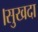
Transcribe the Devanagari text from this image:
।सुखदा